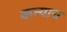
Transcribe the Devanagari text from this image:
कन्याच